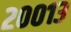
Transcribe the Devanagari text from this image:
२००१३